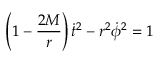
\left( 1 - { \frac { 2 M } { r } } \right) { \dot { t } } ^ { 2 } - r ^ { 2 } { \dot { \phi } } ^ { 2 } = 1